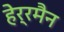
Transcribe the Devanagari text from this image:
हेर्रमैन